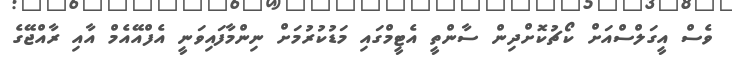
ވެސް އީގަލްސްއަށް ކޯޗުކޮށްދިން ސާންތީ އެޓީމްގައި މަޑުކުރުމަށް ނިންމާފައިވަނީ އެފްއޭއެމް އާއި ރާއްޖޭގެ